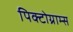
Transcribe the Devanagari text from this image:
पिक्टोग्राम्स